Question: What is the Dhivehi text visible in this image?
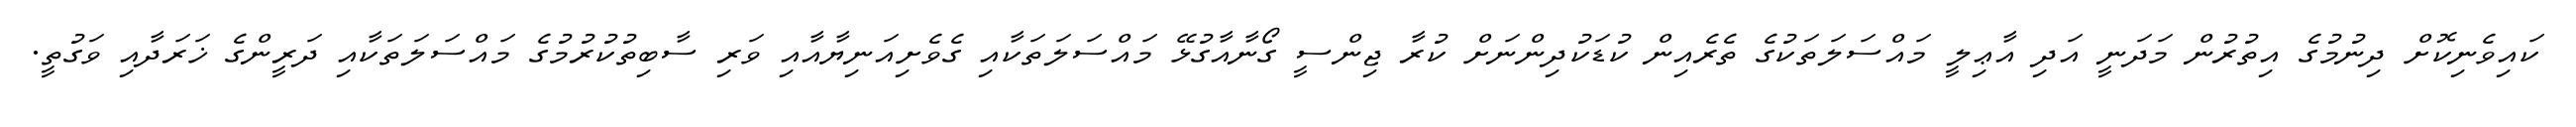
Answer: ކައިވެނިކޮށް ދިނުމުގެ އިތުރުން މަދަނީ އަދި އާޢިލީ މައްސަލަތަކުގެ ތެރެއިން ކުޑަކުދިންނަށް ކުރާ ޖިންސީ ގޯނާއާގުޅޭ މައްސަލަތަކާއި ގެވެށިއަނިޔާއާއި ވަރި ސާބިތުކުރުމުގެ މައްސަލަތަކާއި ދަރީންގެ ޚަރަދާއި ވަގުތީ.